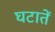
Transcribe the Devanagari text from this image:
घटातें